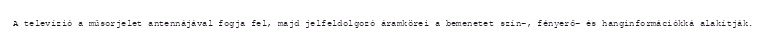
A televízió a műsorjelet antennájával fogja fel, majd jelfeldolgozó áramkörei a bemenetet szín-, fényerő- és hanginformációkká alakítják.